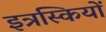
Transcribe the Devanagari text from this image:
इत्रस्कियों